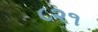
૮૨૧